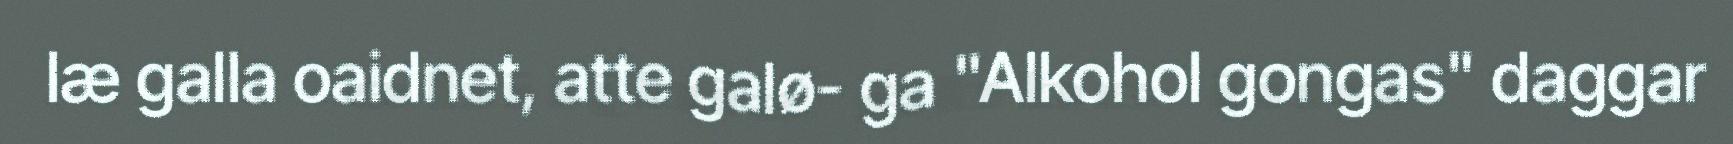
læ galla oaidnet, atte galø- ga "Alkohol gongas" daggar